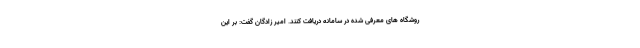
روشگاه های معرفی شده در سامانه دریافت کنند. امیر زادگان گفت: بر این